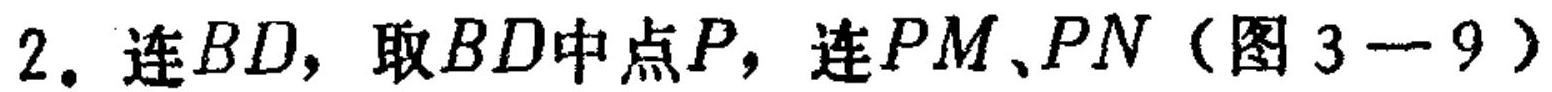
2. 连 \(BD\)，取 \(BD\)中点 \(P\)，连 \(PM、PN\)（图 \(3 - 9\)）